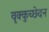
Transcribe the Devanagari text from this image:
वृक्कुच्छेदन